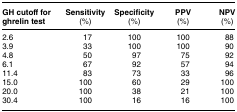
<table><thead><tr><td><b>GH cutoff for ghrelin test</b></td><td><b>Sensitivity (%)</b></td><td><b>Specificity (%)</b></td><td><b>PPV (%)</b></td><td><b>NPV (%)</b></td></tr></thead><tbody><tr><td>2.6</td><td>17</td><td>100</td><td>100</td><td>88</td></tr><tr><td>3.9</td><td>33</td><td>100</td><td>100</td><td>90</td></tr><tr><td>4.8</td><td>50</td><td>97</td><td>75</td><td>92</td></tr><tr><td>6.1</td><td>67</td><td>92</td><td>57</td><td>94</td></tr><tr><td>11.4</td><td>83</td><td>73</td><td>33</td><td>96</td></tr><tr><td>15.0</td><td>100</td><td>60</td><td>29</td><td>100</td></tr><tr><td>20.0</td><td>100</td><td>38</td><td>21</td><td>100</td></tr><tr><td>30.4</td><td>100</td><td>16</td><td>16</td><td>100</td></tr></tbody></table>